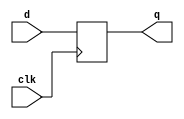

/******************************************************************************/ 
/*                                                                            */ 
/* Copyright (c) 1999 Sun Microsystems, Inc. All rights reserved.             */ 
/*                                                                            */ 
/* The contents of this file are subject to the current version of the Sun    */ 
/* Community Source License, microSPARCII ("the License"). You may not use    */ 
/* this file except in compliance with the License.  You may obtain a copy    */ 
/* of the License by searching for "Sun Community Source License" on the      */ 
/* World Wide Web at http://www.sun.com. See the License for the rights,      */ 
/* obligations, and limitations governing use of the contents of this file.   */ 
/*                                                                            */ 
/* Sun Microsystems, Inc. has intellectual property rights relating to the    */ 
/* technology embodied in these files. In particular, and without limitation, */ 
/* these intellectual property rights may include one or more U.S. patents,   */ 
/* foreign patents, or pending applications.                                  */ 
/*                                                                            */ 
/* Sun, Sun Microsystems, the Sun logo, all Sun-based trademarks and logos,   */ 
/* Solaris, Java and all Java-based trademarks and logos are trademarks or    */ 
/* registered trademarks of Sun Microsystems, Inc. in the United States and   */ 
/* other countries. microSPARC is a trademark or registered trademark of      */ 
/* SPARC International, Inc. All SPARC trademarks are used under license and  */ 
/* are trademarks or registered trademarks of SPARC International, Inc. in    */ 
/* the United States and other countries. Products bearing SPARC trademarks   */ 
/* are based upon an architecture developed by Sun Microsystems, Inc.         */ 
/*                                                                            */ 
/******************************************************************************/ 
/***************************************************************************
****************************************************************************
***
***  Program File:  @(#)ff_primitives.v
***
****************************************************************************
****************************************************************************/

module fj_dff_e(q, d, clk);
output	q; 
input   d, clk;


        reg q;

         always @(posedge (clk)) begin
            	q <= #1 d;
        end

endmodule
 
module fj_dff_ec(q, d, clk, c);
output q; 
input  d, clk, c;

       reg  q;

	always @(posedge clk or posedge c) begin
		if (c)
	          	q <= #1 1'b0;
		else
                  	q <= #1 d;
        end
endmodule
 
module fj_dff_es(q, d, clk, s);
output q;
input  d, clk, s;
 
       reg q;

	always @(posedge clk or posedge s) begin
		if (s)
	           	q <= #1 1'b1;
		else
                   	q <= #1 d;
        end
endmodule
 
module fj_dff_ecs(q, d, clk, c, s);
output  q; 
input   d, clk, c, s;
 
        reg q;
	always @(posedge clk or posedge s or posedge c) begin
		if (c)
		  	q <= #1 1'b0;
		else if (s)
		  	q <= #1 1'b1;
		else
                   	q <= #1 d;
        end
endmodule
 
 

module fj_dff_e_muxscan(q, d, si, sm, clk);
output q;
input d, si, sm, clk;

        reg q;

        always @(posedge clk) begin
                if (sm==1'b0) 
		  	q <= #1 d;
                else if (sm==1'b1)
		  	q <= #1 si;
                else    q <= #1 1'bx;
        end

endmodule


module fj_dff_ec_muxscan(q, d, si, sm, clk, c);
output q; 
input  d, si, sm, clk, c;

       reg q;

        always @(posedge clk or posedge c) begin
		if (c)
		  	q <= #1 1'b0;	
                else if (sm==1'b0) 
		  	q <= #1 d;
                else if (sm==1'b1)
		  	q <= #1 si;
                else    q <= #1 1'bx;
        end


endmodule
 
module fj_dff_es_muxscan(q, d, si, sm, clk, s);
output q; 
input  d, si, sm, clk, s;

       reg q;

        always @(posedge clk or posedge s) begin
		if (s)
		  	q <= #1 1'b1;	
                else if (sm==1'b0) 
		  	q <= #1 d;
                else if (sm==1'b1)
		  	q <= #1 si;
                else    q <= #1 1'bx;
        end

endmodule
 
module fj_dff_ecs_muxscan(q, d, si, sm, clk, c, s);
output  q; 
input   d, si, sm, clk, c, s;

        reg q;

        always @(posedge clk or posedge c or posedge s) begin
		if (s)
		   	q <= #1 1'b1;	
		else if (c)
		   	q <= #1 1'b0;
                else if (sm==1'b0) 
		   	q <= #1 d;
                else if (sm==1'b1)
		   	q <= #1 si;
                else    q <= #1 1'bx;
        end


endmodule
 
module fj_latch_e(Q, G, D);
output Q; 
input  G, D;

       reg Q;

always @ (G or D) begin

       if (G==1)     Q <= #1 D;

end

endmodule
 
module fj_xctrl(oe, en,en_);
output oe;
input  en, en_;

 assign oe = (en && (~en_));

endmodule

 
module UDP_MUX21(O_, A,B, S);
output	O_;
input	A, B, S;



  assign O_ = ((~A && ~S) || (~B && S));


endmodule
 
module UDP_LATCH(Q, G_,D);
output Q; 
input  G_, D;

       reg Q;
 
always @ (G_ or D) begin

       if (G_==0)    Q <= #1 D;
 
end

endmodule
 
module UDP_LATCH1(Q_, G1,G2, D1,D2);
output Q_; 
input  G1, G2, D1, D2;

       reg Q_;
 
always @ (G1 or G2 or D1 or D2) begin

       if ((G1==1) & (G2==0))     Q_ <= #1 D1;
 
       else if ((G1==0) & (G2==1))     Q_ <= #1 D2;
         
end

endmodule
 
module UDP_LATCH2(Q_, G1A,G1B, D);
output Q_; 
input  G1A, G1B, D;

       reg Q_;

always @ (G1A or G1B or D) begin

       if ((G1A==1) & (G1B==1))    Q_ <= #1 ~D;

end

endmodule